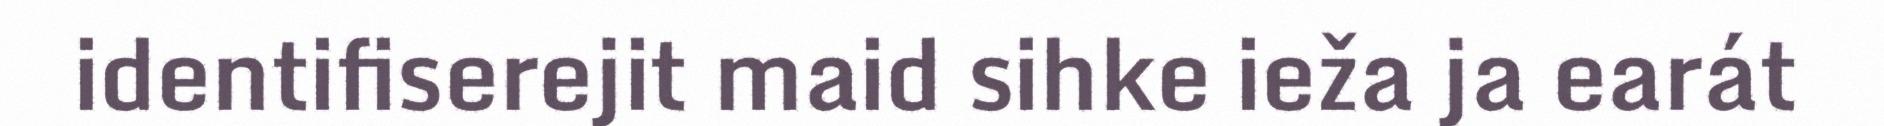
identifiserejit maid sihke ieža ja earát